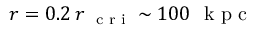
r = 0 . 2 \, r _ { \mathrm { ~ \scriptsize ~ c ~ r ~ i ~ } } \sim 1 0 0 ~ \mathrm { ~ k ~ p ~ c ~ }